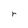
Character: r